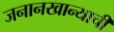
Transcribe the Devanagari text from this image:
जनानखान्याची